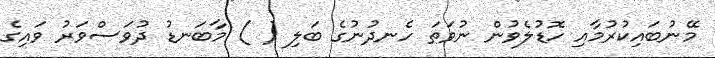
މޭނުބައިކުރުމާއި ހޮޑުލެވުން ނުވަތަ ހެނދުނުގެ ބަލި ( ) މާބަނޑު ދުވަސްވަރު ވައިގެ